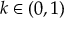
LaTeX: k \in ( 0 , 1 )